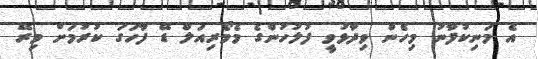
އެ މަނިކުފާނު މިހެން ވިދާޅުވީ ފުލުހުންގެ މެމޯރިއަލް ޑޭ ފާހަގަ ކުރުމަށް މިރޭ